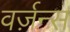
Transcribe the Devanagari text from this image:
वर्ज़न्स